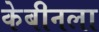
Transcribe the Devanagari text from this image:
केबीनला